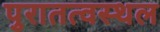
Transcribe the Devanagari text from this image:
पुरातत्वस्थल